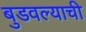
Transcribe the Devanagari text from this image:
बुडवल्याची